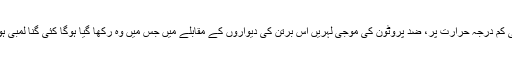
(انتہائی کم درجہ حرارت پر، ضد پروٹون کی موجی لہریں اس برتن کی دیواروں کے مقابلے میں جس میں وہ رکھا گیا ہوگا کئی گنا لمبی ہوں گی۔